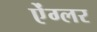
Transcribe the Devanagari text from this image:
ऐंग्लर